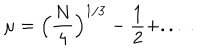
\mu = \Bigl ( \frac { N } { 4 } \Bigr ) ^ { 1 / 3 } - \frac { 1 } { 2 } + . . . ~ .